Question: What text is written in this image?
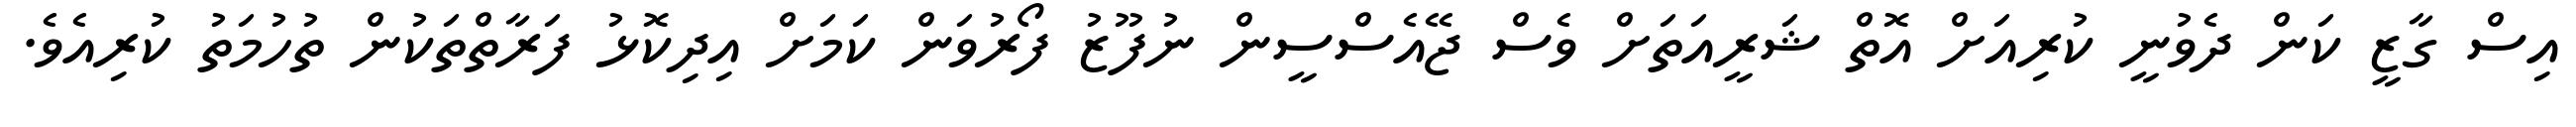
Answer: އިސް ގާޒީ ކަން ދެވުނީ ކުރިއަށް އޮތް ޝަރީއަތަށް ވެސް ޖޭއެސްސީން ނުފޫޒު ފޯރުވަން ކަމަށް އިދިކޮޅު ފަރާތްތަކުން ތުހުމަތު ކުރިއެވެ.